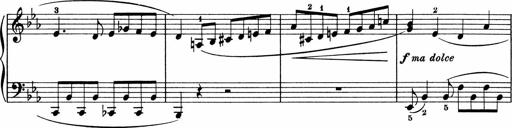
Title: 5 Sonatinen fÃ¼r die Jugend
Composer: Carl Reinecke